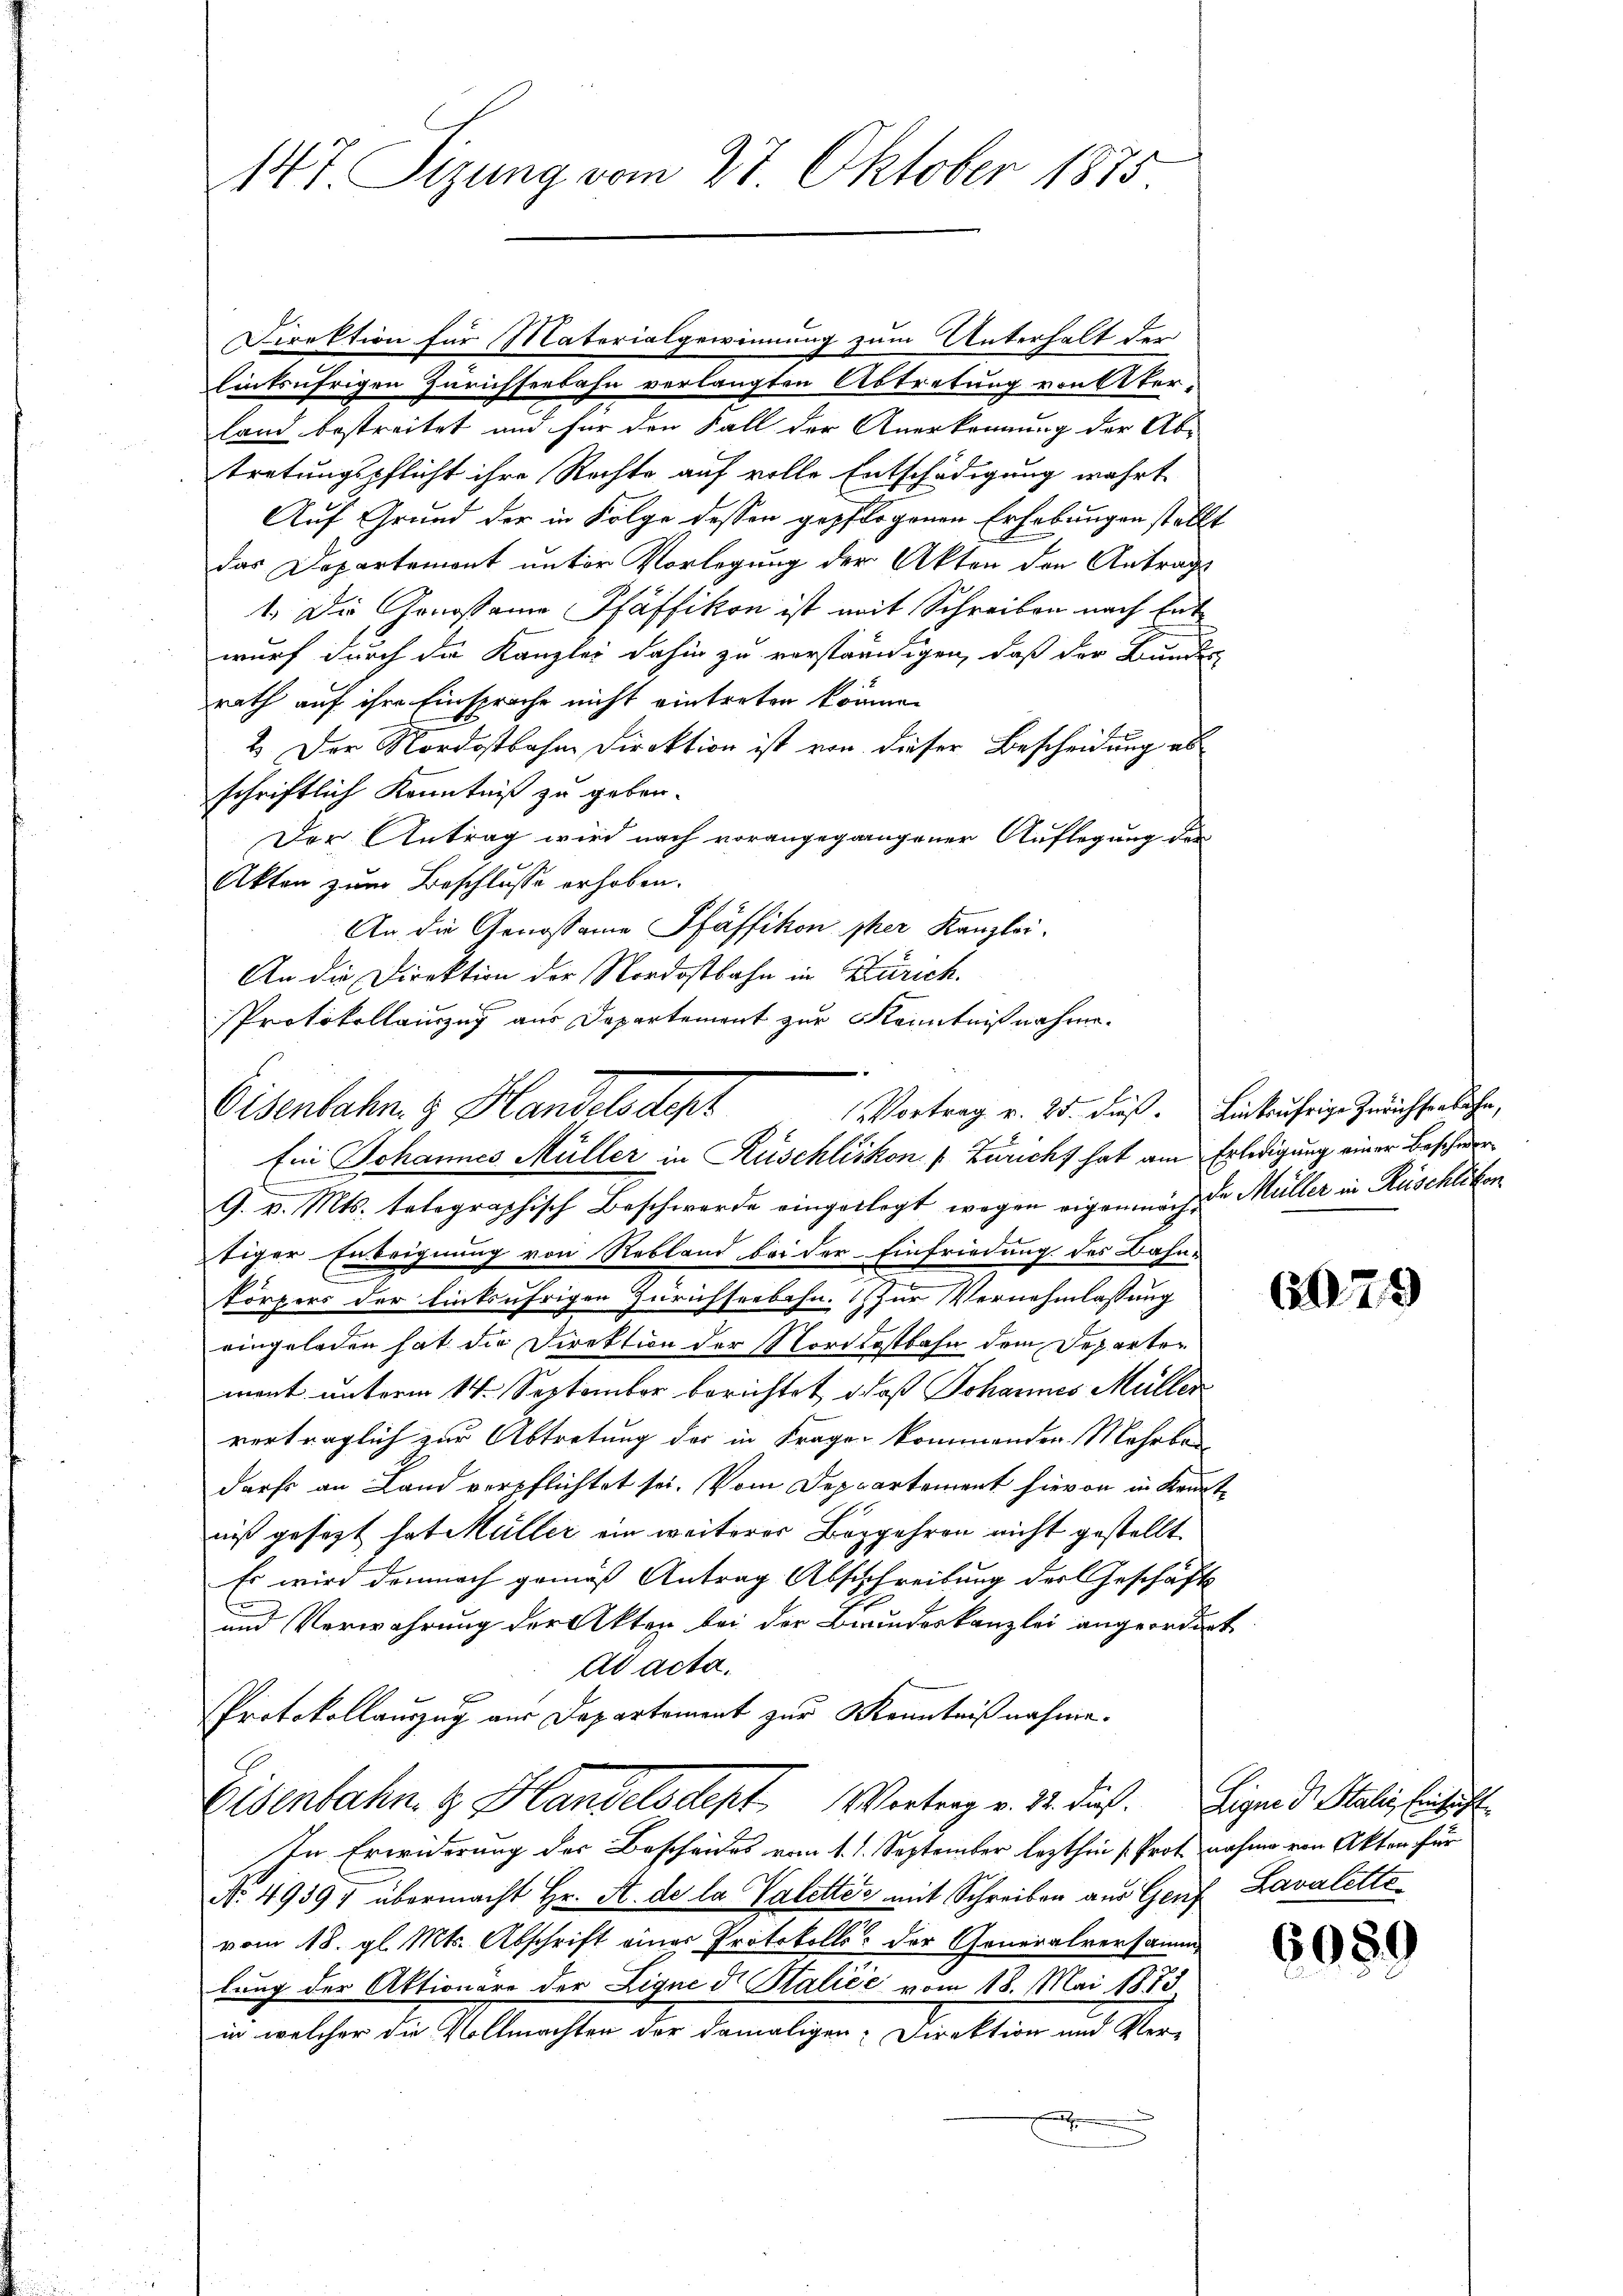
147. Sizung vom 27. Oktober 1875.

Direktion für Materialgewinnung zum Unterhalt der
linksufrigen Zürichseebahn verlangten Abtretung von Akerland bestreitet und für den Fall der Anerkennung der Ab-
tretungspflicht ihre Rechte auf volle Entschädigung wahrt
Auf Grund der in Folge dessen gepflogenen Erhebungen stellt
das Departement unter Vorlegung der Akten den Antrags
1. Die Genosame Pfäffikon ist mit Schreiben nach Entwurf durch die Kanzlei dahin zu verständigen, daß der Bundes
rath auf ihre Einsprache nicht eintreten könne.
2. Der Nordostbahne Direktion ist von dieser Bescheidung ab
schriftlich Kenntniß zu geben.
Der Antrag wird nach vorangegangener Auflegung des
Akten zum Beschlusse erhoben.
An die Genossame Pfäffikon sher Kanzlei.
An die Direktion der Nordostbahn in Zürich.
Wisenbahn. G. Handels dept
9. v. Mts. telegraphisch Beschwerde eingelegt wegen eigenmach die Müller in Rüschlikon
tiger Enteignung von Rebland bei der Einfriedung des Bahn-
körpers der Einksufrigen Zürichseebahn. Zur Vernehmlassung
eingeladen hat die Direktion der Nordostbahn dem Departemont unterm 14. September berichtet, daß Johannes Müller
verträglich zur Abtretung des in Frage kommenden Mehrko
darf an Land verpflichtet sei. Vom Deppartement hievon in Kenntniß gesezt hat Müller ein weiterer Begehren nicht gestellt
Es wird demnach gemäß Antrag Abschreibung der Geschäfts
C
und Verwahrung der Akten bei der Brundeskanzlei angeordnet
ad acta.
6
Protokollauszug aus Departement zur Kenntnißnahme.
Eisenbahn. Handelsdept Vortrag v. 22. dieß. Eigen d. Stalie, Einsicht
In Erwiderung des Bescheides vom 1. 1. September lezthin (Prot nahme von Akten für
No. 49391 übermacht Hr. A. de la Valettes mit Schreiben aus Genf Lavalette
vom 18. gl. Mts. Abschrift eines Protokolls der Generalversammlung der Aktionäre der Lique d. Balićć vom 18. Mai 1873.
in welcher die Vollmachten der damaligen Direktion und Ver-

Protokollinzug aus Departement zur Kenntnißnahme.
Vortrag v. 25. dieß. Linkufrige Zürichsenbahn,
Ein Johannes Müller in Rüschliskon [Züricht hat am Erledigung einer Beschwer¬

679

6089